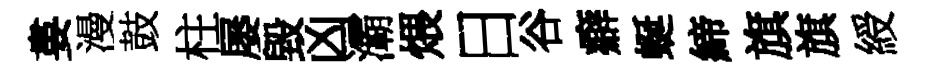
婁漫鼓柱屡毀凶灞煨日谷癖蜒締旗旗綬